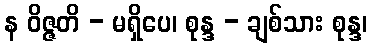
န ဝိဇ္ဇတိ - မရှိပေ၊ စုန္ဒ - ချစ်သား စုန္ဒ၊